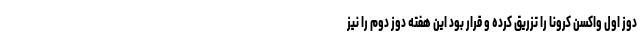
دوز اول واکسن کرونا را تزریق کرده و قرار بود این هفته دوز دوم را نیز